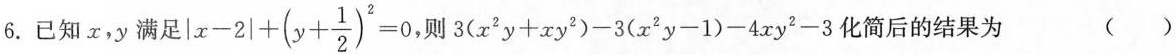
6. 已知x，y满足 $$|x-2|+(y+ \frac{1}{2})^{2}=0$$ ，则$$3(x^{2}y+xy^{2})-3(x^{2}y-1)-4xy^{2}-3$$化简后的结果为（）